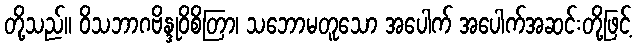
တို့သည်။ ဝိသဘာဂဗိန္ဒုဝိစိတြာ၊ သဘောမတူသော အပေါက် အပေါက်အဆင်းတို့ဖြင့်